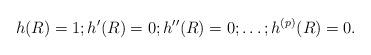
LaTeX: \begin{align*}h(R)=1; h'(R)=0; h''(R)=0;\dots;h^{(p)}(R)=0.\end{align*}